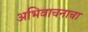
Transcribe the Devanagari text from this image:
अभिवाचनाचा